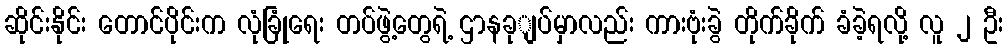
ဆိုင်းနိုင်း တောင်ပိုင်းက လုံခြုံရေး တပ်ဖွဲ့တွေရဲ့ ဌာနခုျပ်မှာလည်း ကားဗုံးခွဲ တိုက်ခိုက် ခံခဲ့ရလို့ လူ ၂ ဦး